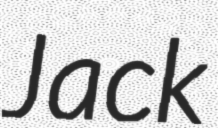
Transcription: Jack